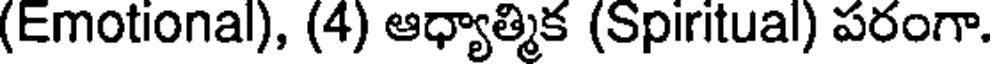
(Emotional), (4) ఆధ్యాత్మిక (Spiritual) పరంగా.